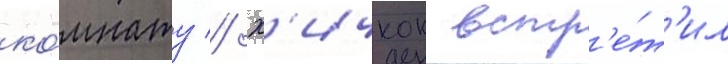
ко́мнату // Х'ичкок встр'е́т'ил